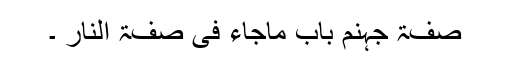
صفۃ جہنم باب ماجاء فی صفۃ النار ۔